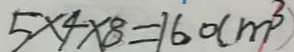
5 \times 4 \times 8 = 1 6 0 ( m ^ { 3 } )